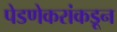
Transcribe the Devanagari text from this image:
पेडणेकरांकडून